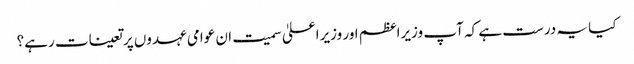
کیا یہ درست ہے کہ آپ وزیراعظم اور وزیراعلیٰ سمیت ان عوامی عہدوں پر تعینات رہے؟